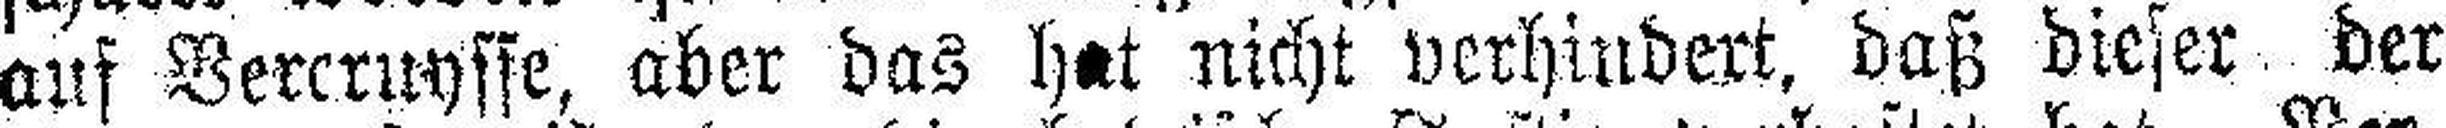
auf Vercruysse, aber das hat nicht verhindert, daß dieser der